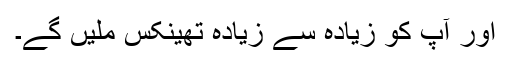
اور آپ کو زیادہ سے زیادہ تھینکس ملیں گے۔